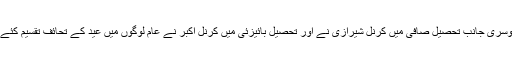
دوسری جانب تحصیل صافی میں کرنل شیرازی نے اور تحصیل بائیزئی میں کرنل اکبر نے عام لوگوں میں عید کے تحائف تقسیم کئے ۔